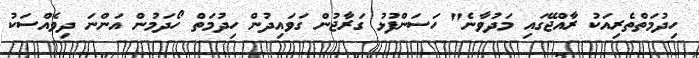
ހިދުމަތްތެރިއަކު ރާއްޖޭގައި މަދުވާނެ" ހަސަންފުޅު ގަރާޖުން ގަވައިދުން ހިދުމަތް ހޯދަމުން އަންނަ ދިވެއްސަކު